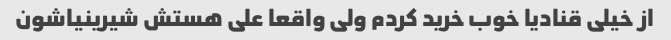
از خیلی قنادیا خوب خرید کردم ولی واقعا علی هستش شیرینیاشون